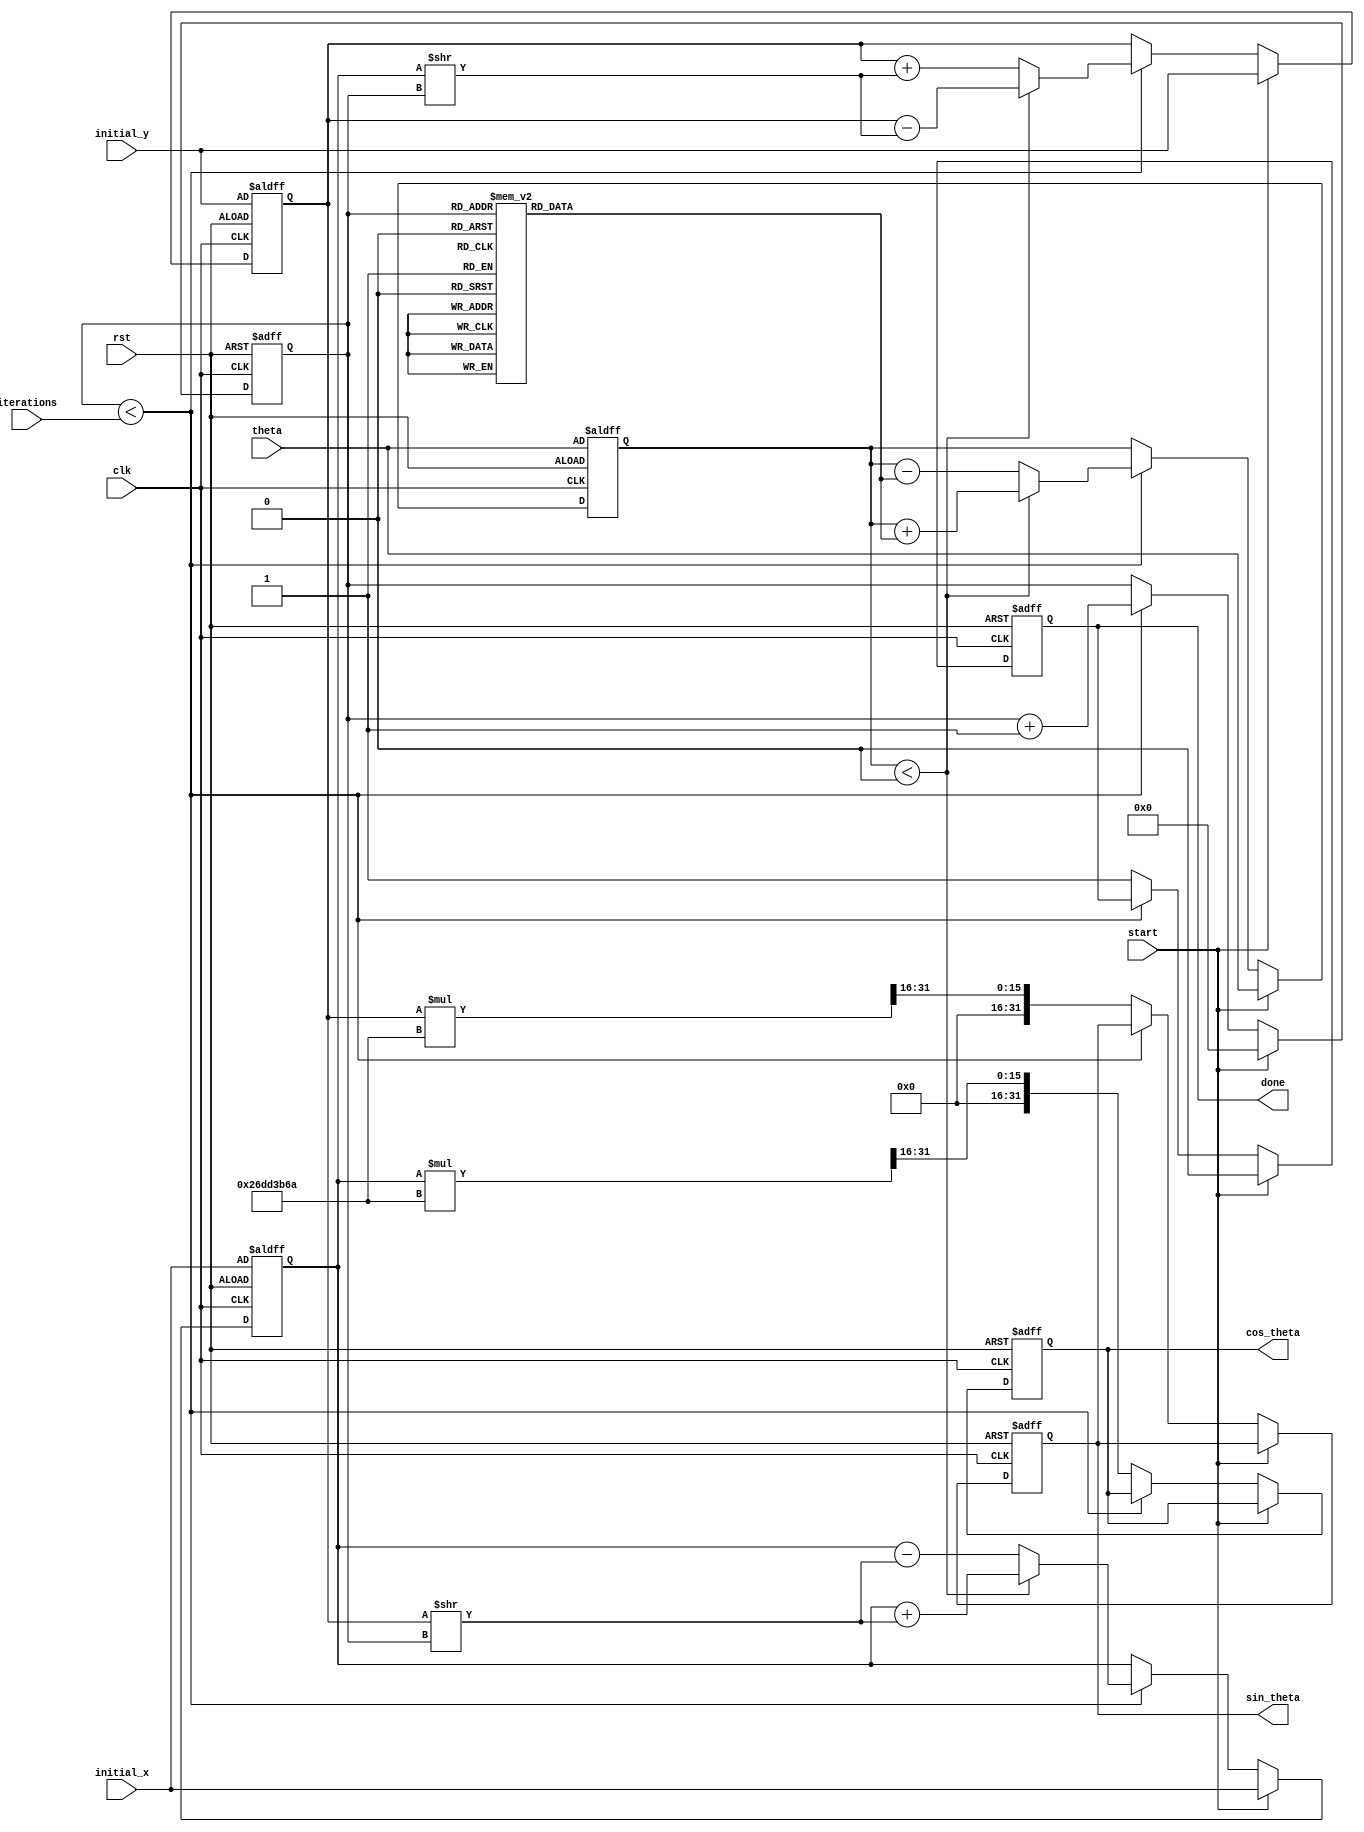
module cordic (
    input wire clk,
    input wire rst,
    input wire start,
    input wire [31:0] theta,          // Input angle in radians (fixed-point)
    input wire [31:0] initial_x,      // Initial x-coordinate
    input wire [31:0] initial_y,      // Initial y-coordinate
    input wire [4:0] iterations,       // Number of iterations (max 32)
    output reg [31:0] cos_theta,      // Output cosine value
    output reg [31:0] sin_theta,      // Output sine value
    output reg done                    // Done signal
);

    // CORDIC gain factor
    parameter K = 32'h26DD3B6A; // 0.6072529350088812561694 in fixed-point
    reg [31:0] x, y, z;            // x, y coordinates and angle
    reg [4:0] count;               // Iteration counter
    reg [31:0] angle_table [0:31]; // Lookup table for arctan values

    // Initialize arctan values in the lookup table
    initial begin
        angle_table[0] = 32'h00000000; // atan(2^0) = 0
        angle_table[1] = 32'h00000000; // atan(2^-1) = 0.785398163 (1/4 pi)
        angle_table[2] = 32'h00000000; // atan(2^-2) = 0.463647609 (1/6 pi)
        angle_table[3] = 32'h00000000; // atan(2^-3) = 0.321750554 (1/8 pi)
        // Continue to fill in table for more iterations...
        // Example values for 4-31 can be filled based on atan(2^-n)
        // Fill appropriate values in radians or fixed-point representation
    end

    // State machine for CORDIC operation
    always @(posedge clk or posedge rst) begin
        if (rst) begin
            x <= initial_x;
            y <= initial_y;
            z <= theta;
            count <= 0;
            cos_theta <= 0;
            sin_theta <= 0;
            done <= 0;
        end else if (start) begin
            // Reset outputs and start iterations
            x <= initial_x;
            y <= initial_y;
            z <= theta;
            count <= 0;
            done <= 0;
        end else if (count < iterations) begin
            // CORDIC rotation logic
            if (z < 0) begin
                // Rotate clockwise
                x <= x + (y >> count);
                y <= y - (x >> count);
                z <= z + angle_table[count];
            end else begin
                // Rotate counter-clockwise
                x <= x - (y >> count);
                y <= y + (x >> count);
                z <= z - angle_table[count];
            end
            count <= count + 1;
        end else begin
            // Store final results and indicate done
            cos_theta <= (x * K) >> 16; // Apply scaling factor
            sin_theta <= (y * K) >> 16; // Apply scaling factor
            done <= 1;
        end
    end

endmodule